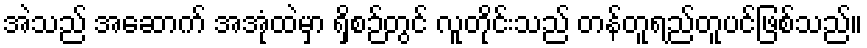
အဲသည် အဆောက် အအုံထဲမှာ ရှိစဉ်တွင် လူတိုင်းသည် တန်တူရည်တူပင်ဖြစ်သည်။